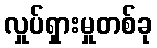
လှုပ်ရှားမှုတစ်ခု